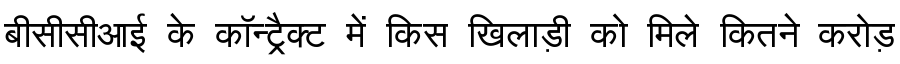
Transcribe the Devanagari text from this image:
बीसीसीआई के कॉन्ट्रैक्ट में किस खिलाड़ी को मिले कितने करोड़